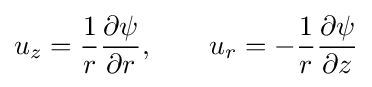
u_{z}={\frac {1}{r}}{\frac {\partial \psi }{\partial r}},\qquad u_{r}=-{\frac {1}{r}}{\frac {\partial \psi }{\partial z}}